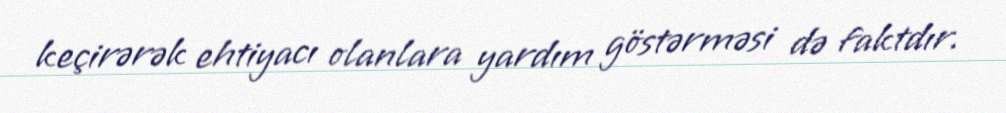
keçirərək ehtiyacı olanlara yardım göstərməsi də faktdır.